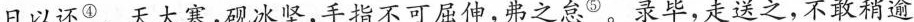
日以还^{④}。天大寒，砚冰坚,手指不可屈伸。弗之怠^{⑤}。录毕,走送之,不敢稍逾